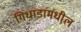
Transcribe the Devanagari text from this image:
गिधाडांमधील